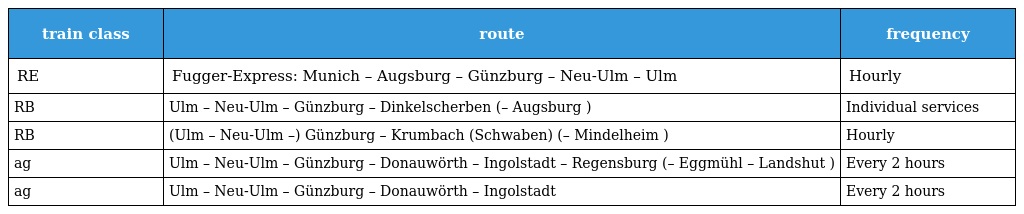
| train class | route | frequency |
 | --- | --- | --- |
 | RE | Fugger-Express: Munich – Augsburg – Günzburg – Neu-Ulm – Ulm | Hourly |
 | RB | Ulm – Neu-Ulm – Günzburg – Dinkelscherben (– Augsburg ) | Individual services |
 | RB | (Ulm – Neu-Ulm –) Günzburg – Krumbach (Schwaben) (– Mindelheim ) | Hourly |
 | ag | Ulm – Neu-Ulm – Günzburg – Donauwörth – Ingolstadt – Regensburg (– Eggmühl – Landshut ) | Every 2 hours |
 | ag | Ulm – Neu-Ulm – Günzburg – Donauwörth – Ingolstadt | Every 2 hours |